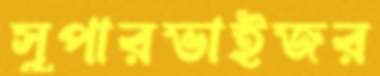
সুপারভাইজর